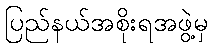
ပြည်နယ်အစိုးရအဖွဲ့မှ